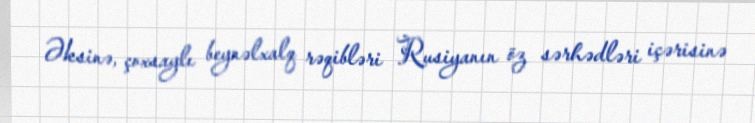
Əksinə, çoxsaylı beynəlxalq rəqibləri Rusiyanın öz sərhədləri içərisinə